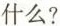
什么?